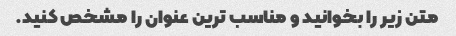
متن زیر را بخوانید و مناسب ترین عنوان را مشخص کنید.